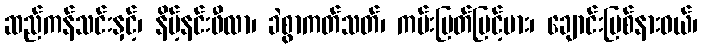
ဆည်ကန်သင်းနှင့်၊ နိမ့်နင်းဖီလာ၊ ခဲစွာကတ်သတ်၊ ကမ်းပြတ်မြင့်မား၊ ချောင်းမြစ်နားဝယ်၊